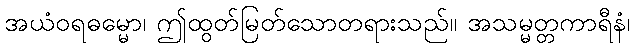
အယံဝရဓမ္မော၊ ဤထွတ်မြတ်သောတရားသည်။ အသမ္မတ္တကာရီနံ၊